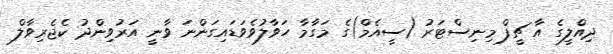
ދިއްލީގެ އާ ޗީފް މިނިސްޓަރު (ސީއެމް)ގެ މަގާމާ ހަވާލުވެވަޑައިގަންނަ ވާނީ އަރުވިންދު ކެޖެރިވާލް